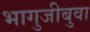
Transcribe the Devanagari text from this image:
भागुजीबुवा